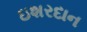
ઇશરદાન